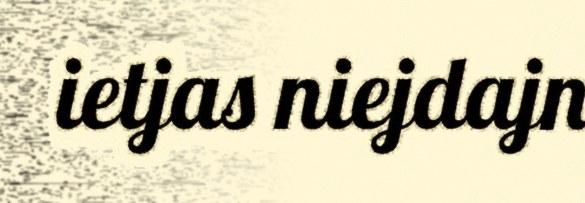
ietjas niejdajn